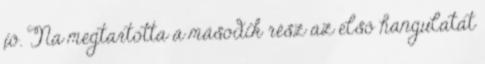
jó. Na megtartotta a második rész az első hangulatát